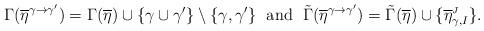
LaTeX: \begin{align*}\Gamma(\overline{\eta}^{\gamma \to \gamma'}) = \Gamma(\overline{\eta}) \cup \{\gamma \cup \gamma'\} \setminus \{\gamma,\gamma'\} \;\mbox{ and }\; \tilde{\Gamma}(\overline{\eta}^{\gamma \to \gamma'}) = \tilde{\Gamma}(\overline{\eta}) \cup\{\overline{\eta}^{\mbox{\tiny $J$}}_{\gamma,I}\}.\end{align*}